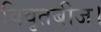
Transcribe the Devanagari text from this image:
विवृतबीज।